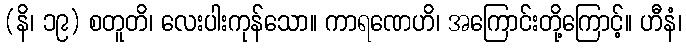
(နိ၊ ၁၉) စတူတိ၊ လေးပါးကုန်သော။ ကာရဏေဟိ၊ အကြောင်းတို့ကြောင့်။ ဟီနံ၊